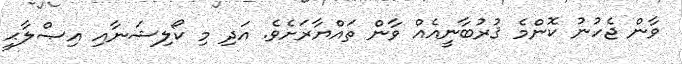
ވާން ޖެހުނު ކޮންމެ ޤުރުބާނީއެއް ވާން ތައްޔާރަށެވެ. އަދި މި ކޯލިޝަނާއި އިޞްލާޙީ